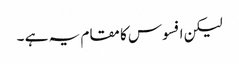
لیکن افسوس کا مقام یہ ہے ۔